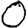
Digit: 0